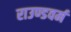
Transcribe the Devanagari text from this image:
राउण्डवर्म